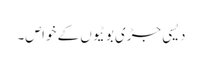
دیسی جڑی بوٹیوں کے خواص۔